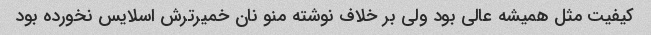
کیفیت مثل همیشه عالی بود ولی بر خلاف نوشته منو نان خمیرترش اسلایس نخورده بود